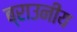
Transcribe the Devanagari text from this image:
ब्राउनीय